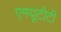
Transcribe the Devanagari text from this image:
एमयूटीटी